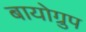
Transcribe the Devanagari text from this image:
बायोग्रुप